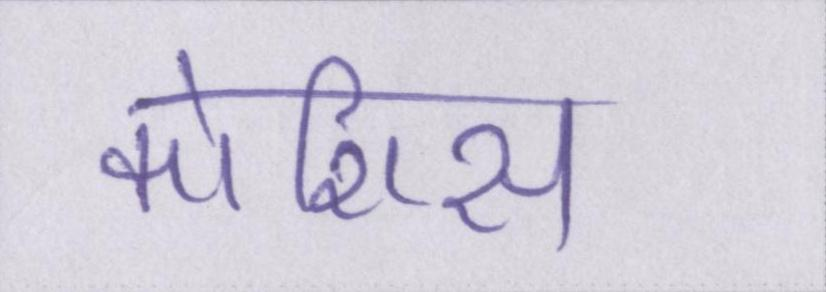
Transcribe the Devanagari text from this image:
कोशिस